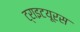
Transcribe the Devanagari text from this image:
ट्राइटयूरस